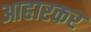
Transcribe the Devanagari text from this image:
आहारकर